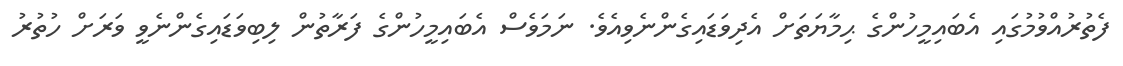
ފެތުރުއްވުމުގައި އެބައިމީހުންގެ ޙިމާޔަތަށް އެދިވަޑައިގެންނެވިއެވެ. ނަމަވެސް އެބައިމީހުންގެ ފަރާތުން ލިބިވަޑައިގެންނެވީ ވަރަށް ހުތުރު